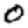
Digit: 0